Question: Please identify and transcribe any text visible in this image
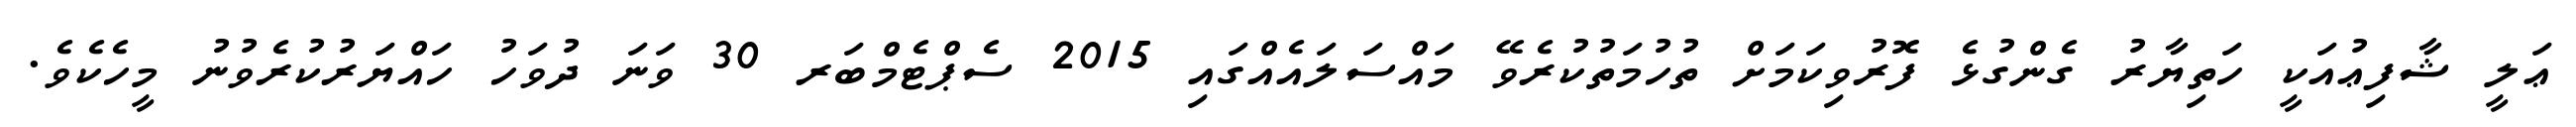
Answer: ޢަލީ ޝާފިޢުއަކީ ހަތިޔާރު ގެންގުޅެ ފޮރުވިކަމަށް ތުހުމަތުކުރެވޭ މައްސަލައެއްގައި 2015 ސެޕްޓެމްބަރ 30 ވަނަ ދުވަހު ހައްޔަރުކުރެވުނު މީހެކެވެ.